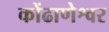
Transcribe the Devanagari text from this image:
कोंढाणेश्वर